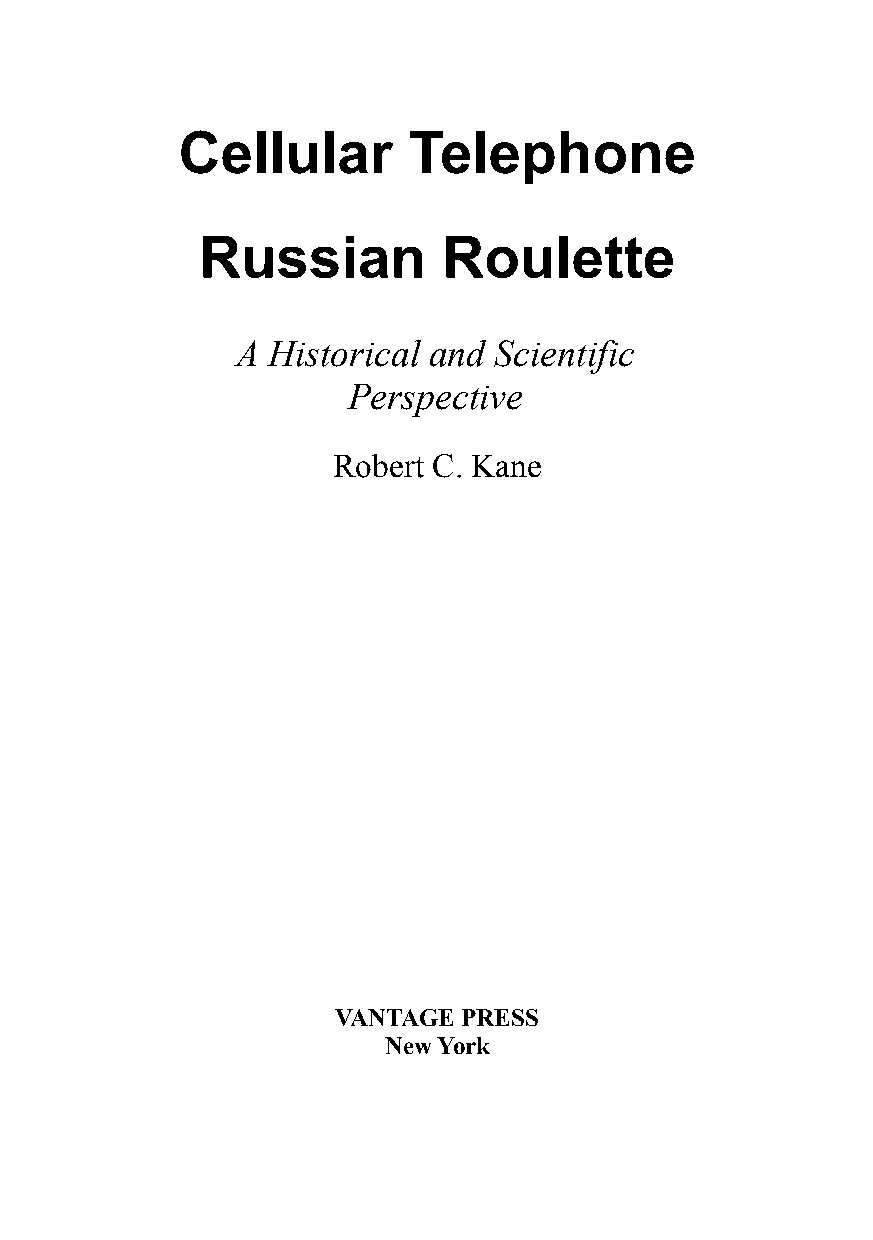
Cellular       Telephone
 Russian         Roulette
 A Historical and Scientific
 Perspective
 Robert C. Kane
 VANTAGE  PRESS
 New York